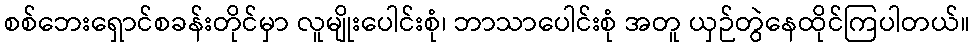
စစ်ဘေးရှောင်စခန်းတိုင်မှာ လူမျိုးပေါင်းစုံ၊ ဘာသာပေါင်းစုံ အတူ ယှဉ်တွဲနေထိုင်ကြပါတယ်။